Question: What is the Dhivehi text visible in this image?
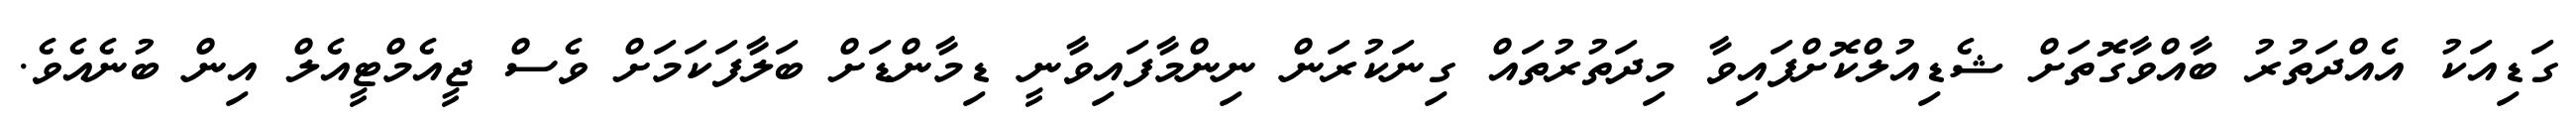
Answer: ގަޑިއަކު އެއްދަތުރު ބާއްވާގޮތަށް ޝެޑިއުލްކޮށްފައިވާ މިދަތުރުތައް ގިނަކުރަން ނިންމާފައިވާނީ ޑިމާންޑަށް ބަލާފަކަމަށް ވެސް ޖީއެމްޓީއެލް އިން ބުނެއެވެ.